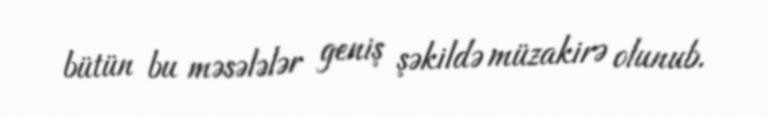
bütün bu məsələlər geniş şəkildə müzakirə olunub.